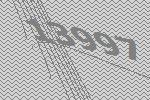
13997